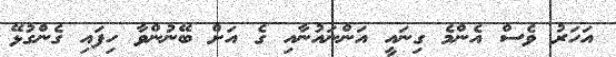
އަހަރު ވެސް އެންމެ ގިނައީ އަންނައުނާއި ގެ އަށް ބޭނުންވާ ހިފައި ގެންގުޅޭ